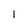
Character: 1